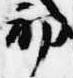
初